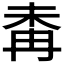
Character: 𣑜